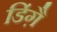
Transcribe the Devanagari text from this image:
डिंग़ै